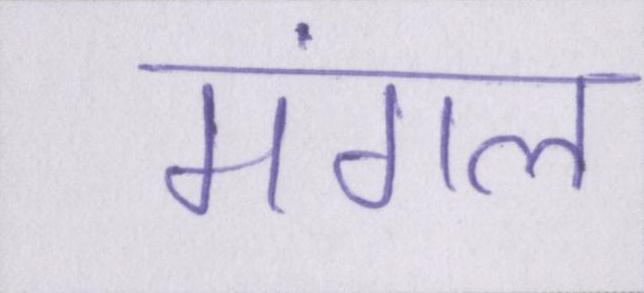
मंगल